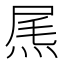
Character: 𤉂